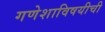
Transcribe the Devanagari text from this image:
गणेशाविषयीची